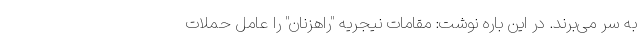
به سر می‌برند. در این باره نوشت: مقامات نیجریه "راهزنان" را عامل حملات